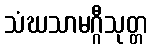
သံဃသာမဂ္ဂီသုတ္တ